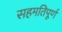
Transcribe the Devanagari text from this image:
सहमतिपूर्ण